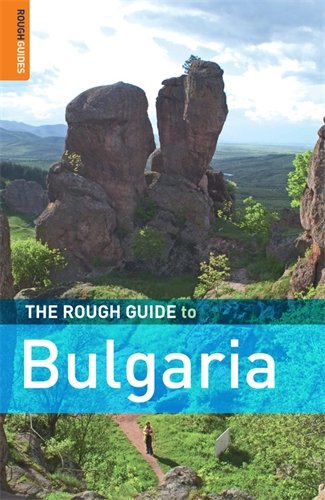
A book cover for The Rough Guide to Bulgaria 6 (Rough Guide Travel Guides); Dan Richardson; Travel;